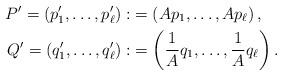
LaTeX: \begin{align*}P'=(p'_1,\dots,p'_\ell):&= \left( A p_1, \dots, A p_\ell \right),\\Q'=(q'_1,\dots,q'_\ell):&= \left( \frac{1}{A} q_1, \dots, \frac{1}{A} q_\ell \right).\end{align*}